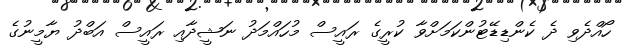
ހޯއްދެވި ދެ ކެންޑިޑޭޓުންކަމަށްވާ ކުރީގެ ރައީސް މުހައްމަދު ނަޝީދާއި ރައީސް އަބްދު ޔާމީނުގެ